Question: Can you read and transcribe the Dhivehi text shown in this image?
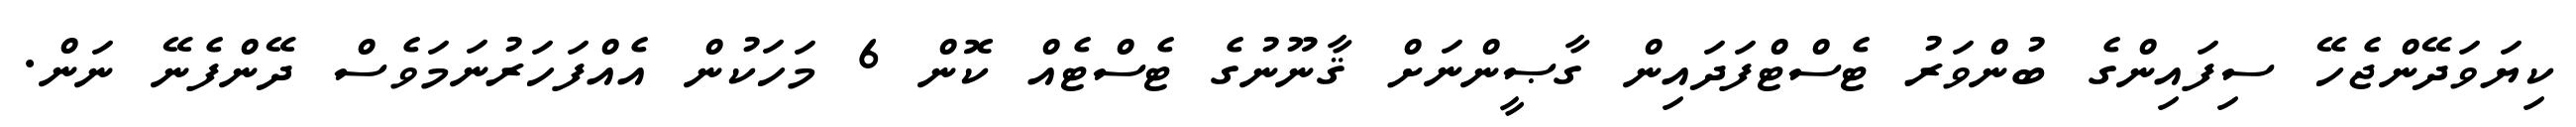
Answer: ކިޔަވަދޭންޖެހޭ ސިފައިންގެ ބުންވަރު ޓެސްޓްފަދައިން ގާޞީންނަށް ޤާނޫނުގެ ޓެސްޓެއް ކޮން 6 މަހަކުން އެއްފަހަރުނަމަވެސް ދޭންފެނޭ ނަން.